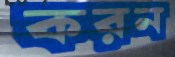
করন